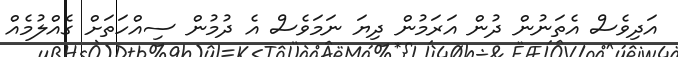
އަދިވެސް އެތަނުން ދުން އަރަމުން ދިޔަ ނަަމަވެސް އެ ދުމުން ސިއްހަތަށް ގެއްލުމެއް